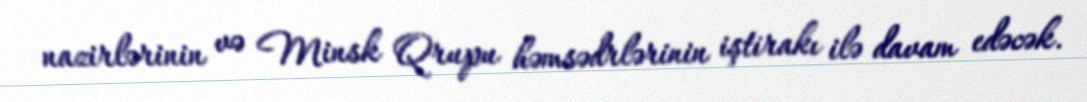
nazirlərinin və Minsk Qrupu həmsədrlərinin iştirakı ilə davam edəcək.